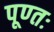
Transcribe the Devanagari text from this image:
पूण्तः